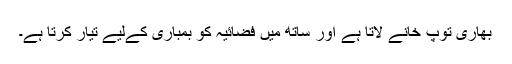
بھاری توپ خانے لاتا ہے اور ساتھ میں فضائیہ کو بمباری کےلیے تیار کرتا ہے۔